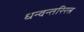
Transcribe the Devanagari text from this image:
धन्वन्तरिरत्न